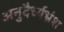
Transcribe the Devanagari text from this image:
अनुदैर्ध्यभ्रंश